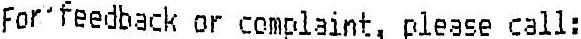
FOR FEEDBACK OR COMPLAINT, PLEASE CALL: